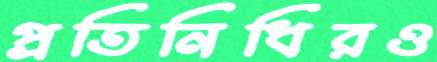
প্রতিনিধিরও